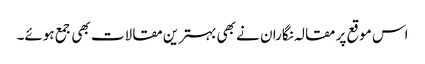
اس موقع پر مقالہ نگاران نے بھی بہترین مقالات بھی جمع ہوئے۔